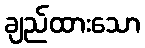
ချည်ထားသော